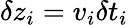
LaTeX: \delta z_{i}=v_{i}\delta t_{i}